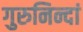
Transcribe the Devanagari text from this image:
गुरुनिन्दां